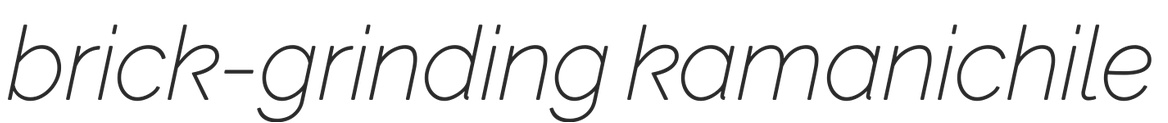
brick-grinding kamanichile